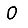
Digit: 0